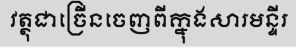
វត្ថុជាច្រើនចេញពីក្នុងសារមន្ទីរ